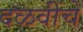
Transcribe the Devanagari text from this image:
दळवींचे